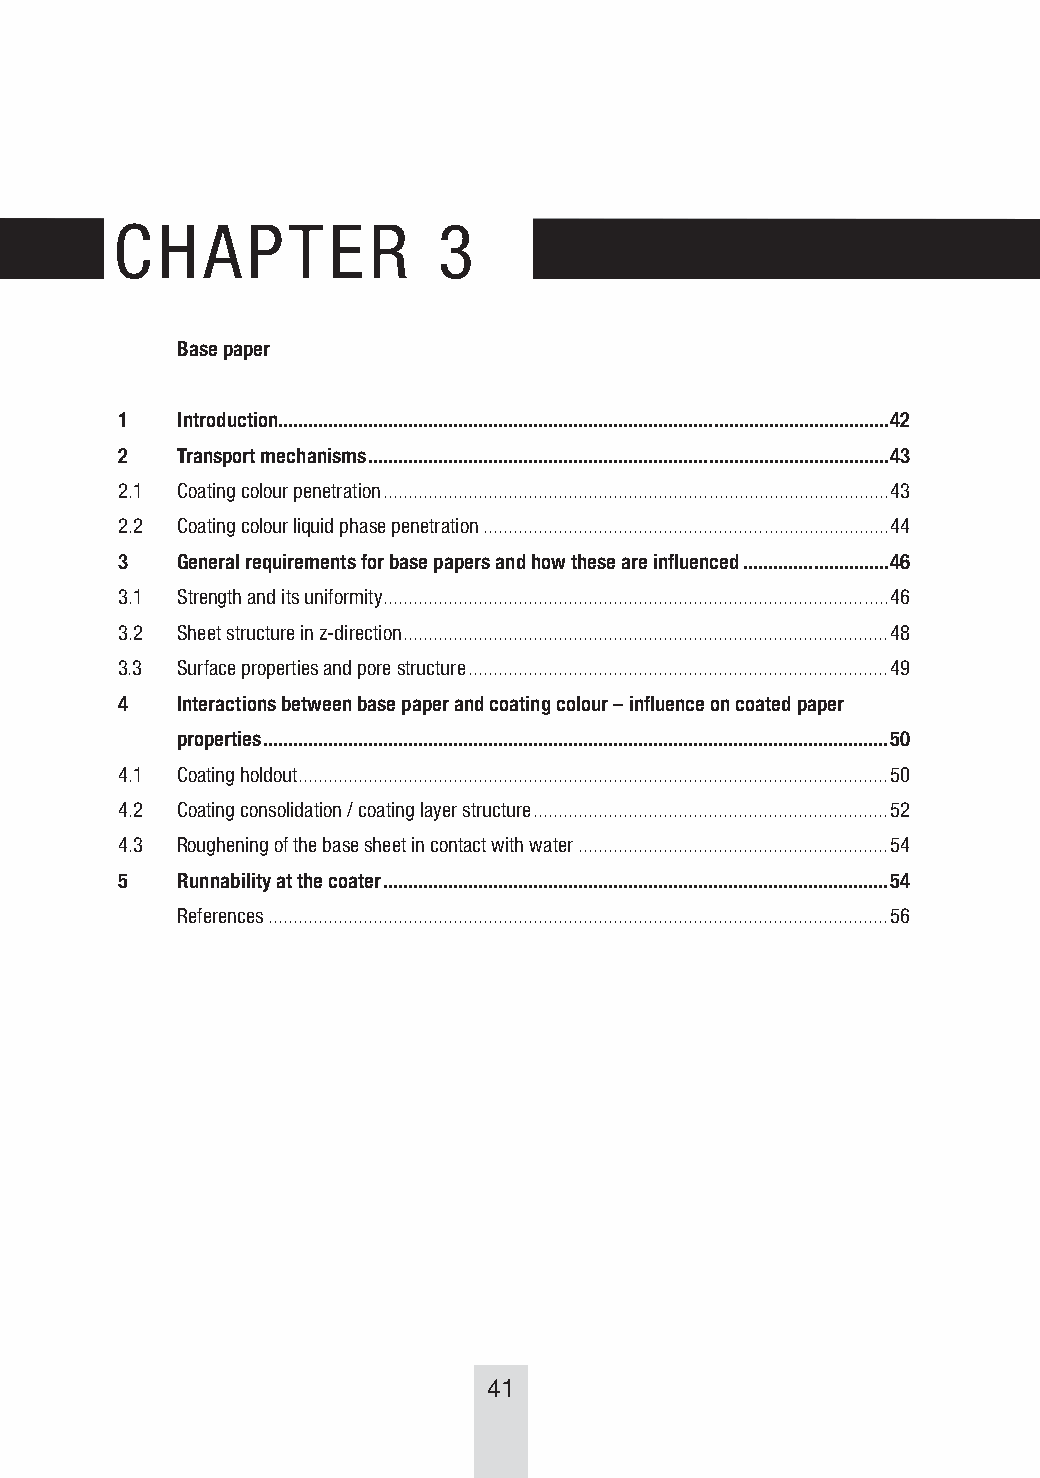
CCHHAAPPTTEERR       310
 Base paper
 1   Introduction..........................................................................................................................42
 2   Transport mechanisms ........................................................................................................43
 2.1 Coating colour penetration .....................................................................................................43
 2.2 Coating colour liquid phase penetration .................................................................................44
 3   General requirements for base papers and how these are influenced .............................46
 3.1 Strength and its uniformity .....................................................................................................46
 3.2 Sheet structure in z-direction .................................................................................................48
 3.3 Surface properties and pore structure ....................................................................................49
 4   Interactions between base paper and coating colour – influence on coated paper
 properties .............................................................................................................................50
 4.1 Coating holdout ......................................................................................................................50
 4.2 Coating consolidation / coating layer structure .......................................................................52
 4.3 Roughening of the base sheet in contact with water ..............................................................54
 5   Runnability at the coater .....................................................................................................54
 References ............................................................................................................................56
 41